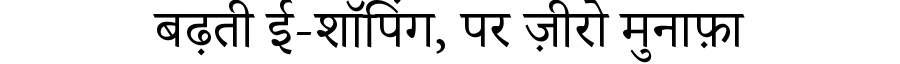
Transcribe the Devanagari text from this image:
बढ़ती ई-शॉपिंग, पर ज़ीरो मुनाफ़ा